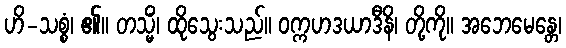
ဟိ-သစ္စံ၊ ၏။ တသ္မိံ၊ ထိုသွေးသည်။ ဝက္ကဟဒယာဒီနိ၊ တို့ကို။ အဘေမေန္တေ၊